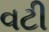
વટી